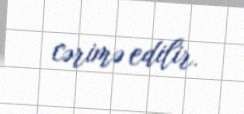
cərimə edilir.